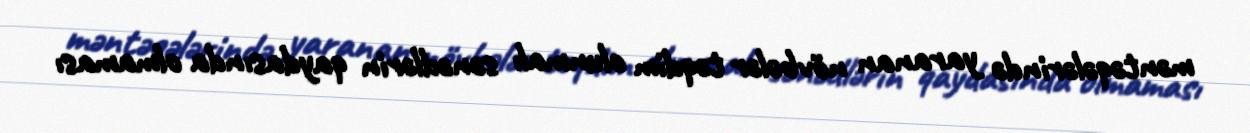
məntəqələrində yaranan növbələr təqdim olunmalı sənədlərin qaydasında olmaması